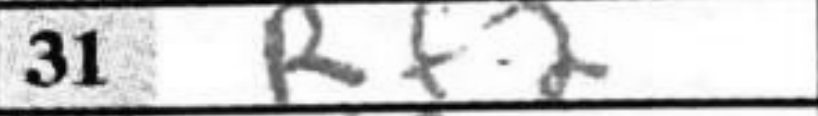
Transcription: Rf2